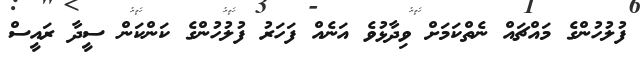
ފުލުހުންގެ މައްޗައް ނެތްކަމަށް ވިދާޅުވެ އަނެއް ފަހަރު ފުލުހުންގެ ކަންކަން ސީދާ ރައީސް